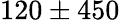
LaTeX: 120\pm 450